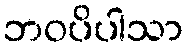
ဘဝပိပါသာ